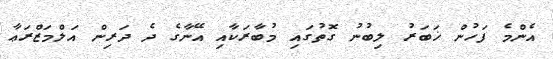
އެންމެ ފަހުން ޚަބަރު ލިބުނު ގޮތުގައި މުބާރަކާއި އޭނާގެ ދެ ދަރިން އަލްމަޒްރަޢާ